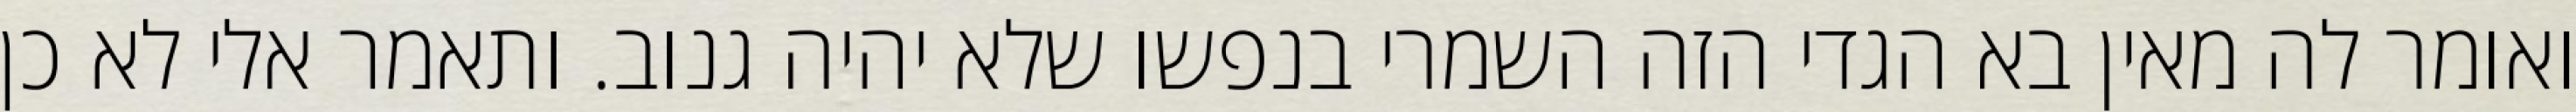
ואומר לה מאין בא הגדי הזה השמרי בנפשו שלא יהיה גנוב. ותאמר אלי לא כן